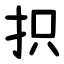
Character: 抧